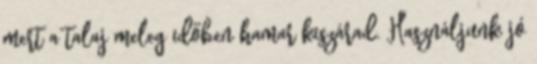
mert a talaj meleg időben hamar kiszárad. Használjunk jó